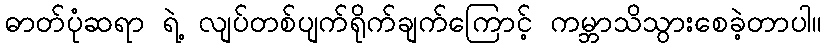
ဓာတ်ပုံဆရာ ရဲ့ လျပ်တစ်ပျက်ရိုက်ချက်ကြောင့် ကမ္ဘာသိသွားစေခဲ့တာပါ။